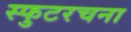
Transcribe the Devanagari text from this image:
स्फुटरचना